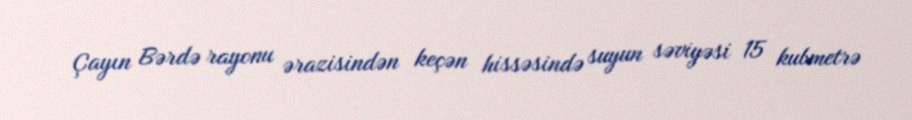
Çayın Bərdə rayonu ərazisindən keçən hissəsində suyun səviyəsi 15 kubmetrə